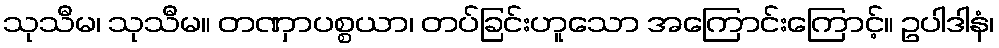
သုသီမ၊ သုသီမ။ တဏှာပစ္စယာ၊ တပ်ခြင်းဟူသော အကြောင်းကြောင့်။ ဥပါဒါနံ၊